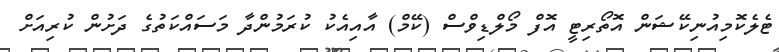
ޓެލެކޮމިއުނިކޭޝަން އޮތޯރިޓީ އޮފް މޯލްޑިވްސް (ކޭމް) އާއިއެކު ކުރަމުންދާ މަސައްކަތުގެ ދަށުން ކުރިއަށް